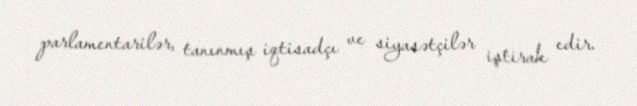
parlamentarilər, tanınmış iqtisadçı ve siyasətçilər iştirak edir.